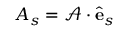
A _ { s } = \mathcal { A } \cdot \hat { \mathbf { e } } _ { s }